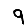
Digit: 9